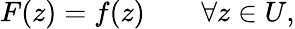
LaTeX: F(z)=f(z)\qquad\forall z\in U,